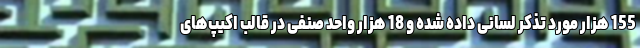
155 هزار مورد تذکر لسانی داده شده و 18 هزار واحد صنفی در قالب اکیپ‌های